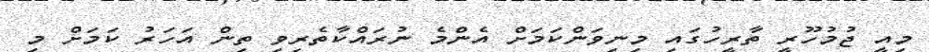
މިއީ ޖުމުހޫރީ ތާރީހުގައި މިނިވަންކަމަށް އެންމެ ނުރައްކާތެރިވި ތިން އަހަރު ކަމަށް މި